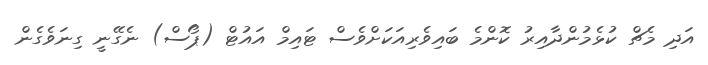
އަދި މެޗް ކުޅެމުންދާއިރު ކޮންމެ ބައިވެރިއަކަށްވެސް ޓައިމް އައުޓް (ޕޯސް) ނެގޭނީ ގިނަވެގެން